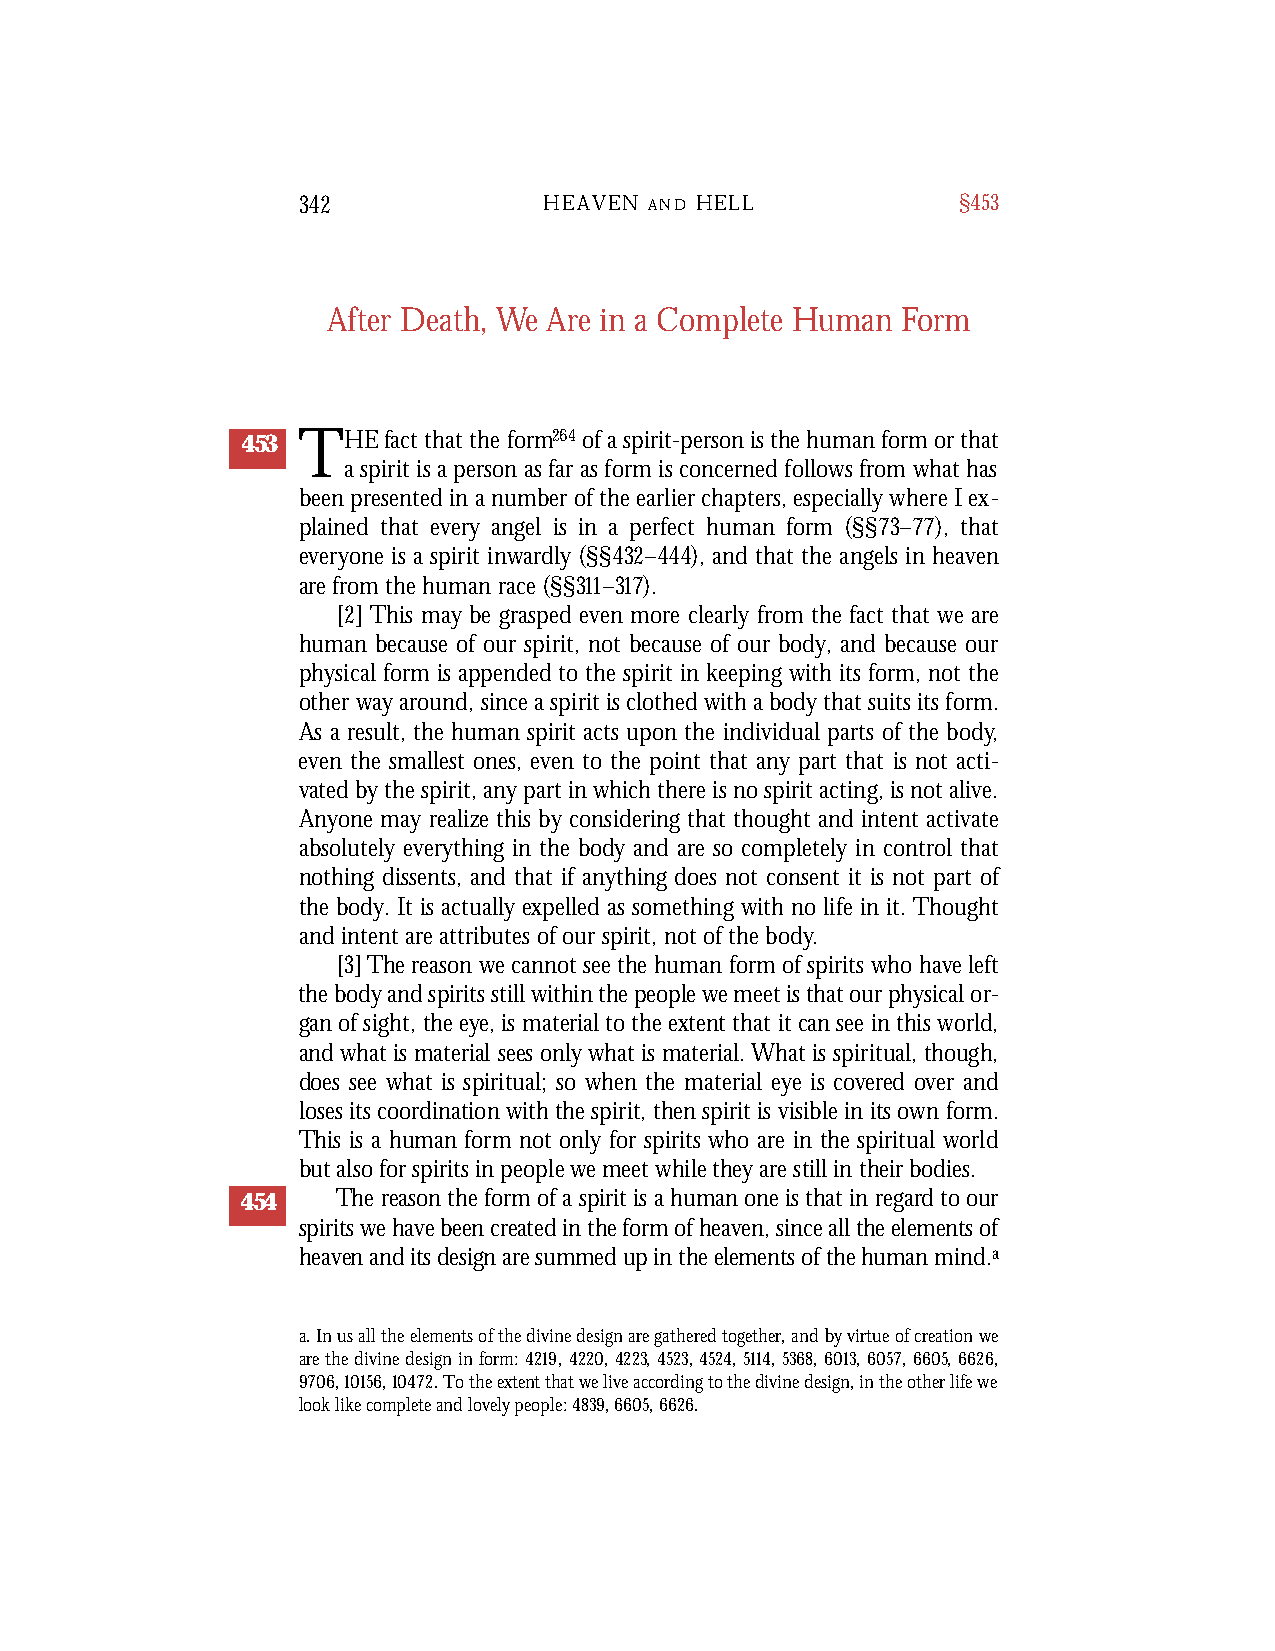
342             HEAVEN A N D H E L L       §453
 After Death, We Are in a Complete Human Form
 453 THEfact that the form264of a spirit-person is the human form or that
 a spirit is a person as far as form is concerned follows from what has
 been presented in a number of the earlier chapters, especially where I ex-
 plained that every angel is in a perfect human form (§§73–77), that
 everyone is a spirit inwardly (§§432–444), and that the angels in heaven
 are from the human race (§§311–317).
 [2] This may be grasped even more clearly from the fact that we are
 human because of our spirit, not because of our body, and because our
 physical form is appended to the spirit in keeping with its form, not the
 other way around, since a spirit is clothed with a body that suits its form.
 As a result, the human spirit acts upon the individual parts of the body,
 even the smallest ones, even to the point that any part that is not acti-
 vated by the spirit, any part in which there is no spirit acting, is not alive.
 Anyone may realize this by considering that thought and intent activate
 absolutely everything in the body and are so completely in control that
 nothing dissents, and that if anything does not consent it is not part of
 the body. It is actually expelled as something with no life in it. Thought
 and intent are attributes of our spirit, not of the body.
 [3] The reason we cannot see the human form of spirits who have left
 the body and spirits still within the people we meet is that our physical or-
 gan of sight, the eye, is material to the extent that it can see in this world,
 and what is material sees only what is material. What is spiritual, though,
 does see what is spiritual; so when the material eye is cover ed over and
 loses its coordination with the spirit, then spirit is visible in its own form.
 This is a human form not only for spirits who are in the spiritual world
 but also for spirits in people we meet while they are still in their bodies.
 454   The reason the form of a spirit is a human one is that in reg a r d to our
 spirits we have been created in the form of heaven, since all the elements of
 he a v en and its design are summed up in the elements of the human mind.a
 a. In us all the elements of the divine design are gathered together, and by virtue of creation we
 are the divine design in form: 4219,4220,4223,4523,4524,5114,5368,6013,6057,6605,6626,
 9706,10156,10472. To the extent that we live according to the divine design, in the other life we
 look like complete and lovely people: 4839, 6605, 6626.